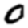
Digit: 0